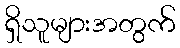
ရှိသူများအတွက်